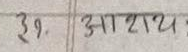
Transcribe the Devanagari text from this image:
३१. आचार्य :